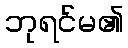
ဘုရင်မ၏